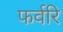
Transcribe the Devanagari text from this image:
फर्वरि